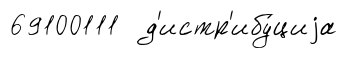
69100111 д'истр'ибу́циjа